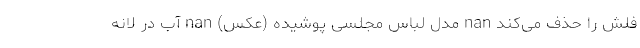
فلش را حذف می‌کند nan مدل لباس مجلسی پوشیده (عکس) nan آب در لانه